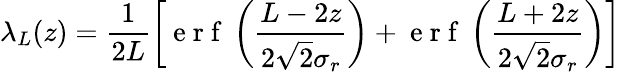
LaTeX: \lambda_{L}(z)=\frac{1}{2L}\left[\mathrm{~e~r~f~}\left(\frac{L-2z}{2\sqrt{2}\sigma_{r}}\right)+\mathrm{~e~r~f~}\left(\frac{L+2z}{2\sqrt{2}\sigma_{r}}\right)\right]